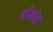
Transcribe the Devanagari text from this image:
लोकोस